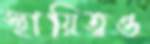
স্থায়িত্বও